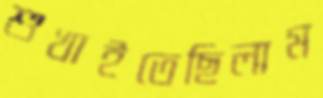
শুখাইতেছিলাম